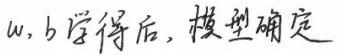
$w,b$学得后，模型确定